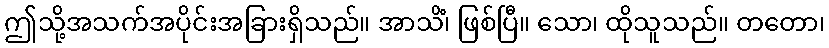
ဤသို့အသက်အပိုင်းအခြားရှိသည်။ အာသိံ၊ ဖြစ်ပြီ။ သော၊ ထိုသူသည်။ တတော၊